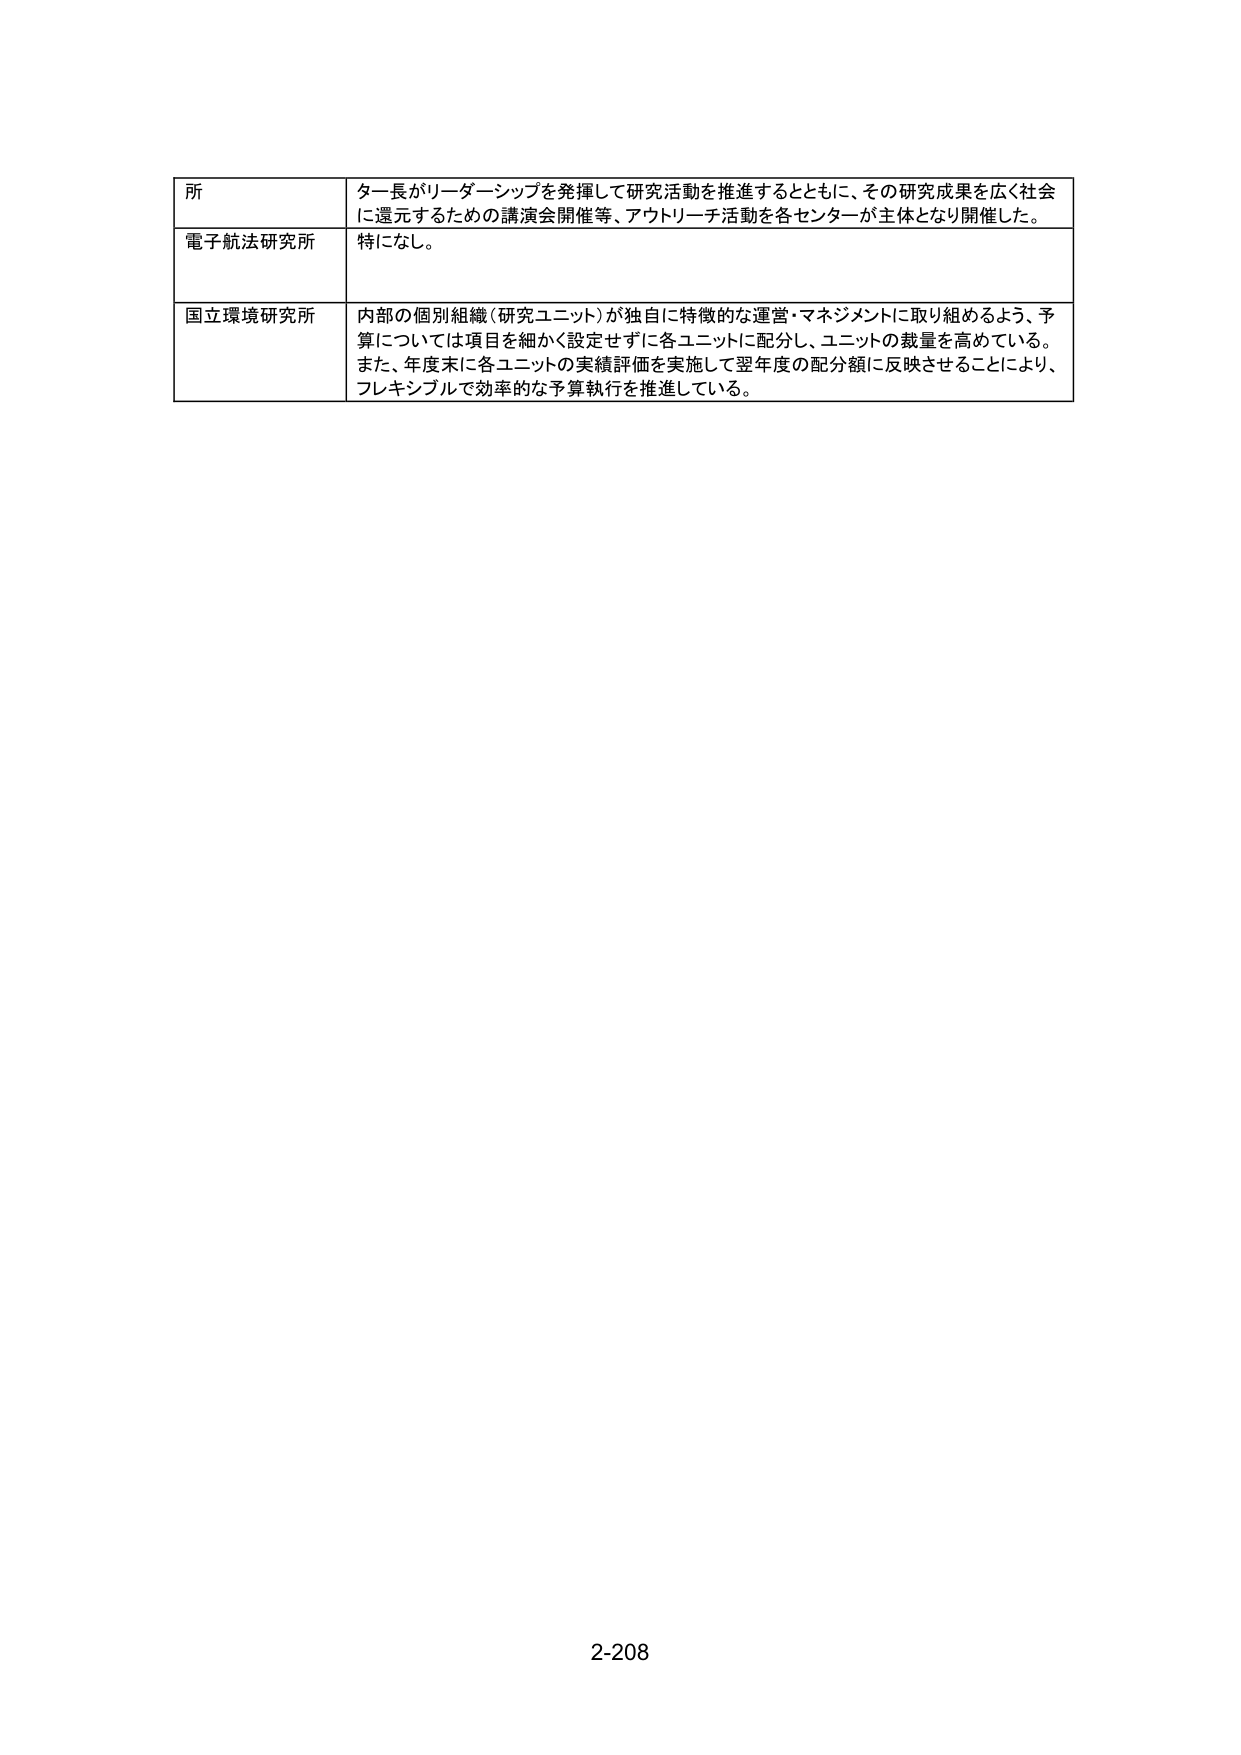
所 ター長がリーダーシップを発揮して研究活動を推進するとともに、その研究成果を広く社会 に還元するための講演会開催等、アウトリーチ活動を各センターが主体となり開催した。 電子航法研究所 特になし。 国立環境研究所 内部の個別組織（研究ユニット）が独自に特徴的な運営・マネジメントに取り組めるよう、予 算については項目を細かく設定せずに各ユニットに配分し、ユニットの裁量を高めている。 また、年度末に各ユニットの実績評価を実施して翌年度の配分額に反映させることにより、 フレキシブルで効率的な予算執行を推進している。 2-208